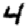
Digit: 4